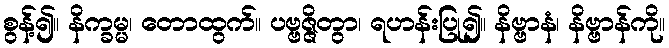
စွန့်၍။ နိက္ခမ္မ၊ တောထွက်။ ပဗ္ဗဇ္ဇိတွာ၊ ရဟန်းပြု၍။ နိဗ္ဗာနံ၊ နိဗ္ဗာန်ကို။